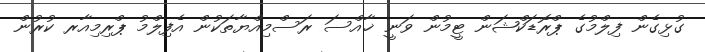
ގުޅިގެން ފިލްމުގެ ޕްރޮޑަކްޝަން ޓީމުން ވަނީ ޚާއްސަ ރަސްމިއްޔާތަކުން އެފިލްމު ޕްރިމިއާރ ކުރުން